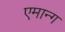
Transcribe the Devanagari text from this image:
एमान्ग